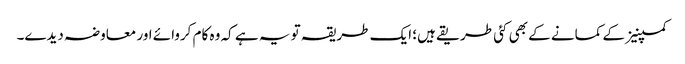
کمپنیز کے کمانے کے بھی کئی طریقے ہیں؛ ایک طریقہ تو یہ ہے کہ وہ کام کروائے اور معاوضہ دیدے۔